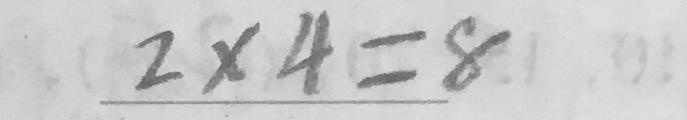
2 \times 4 = 8